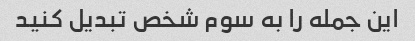
این جمله را به سوم شخص تبدیل کنید